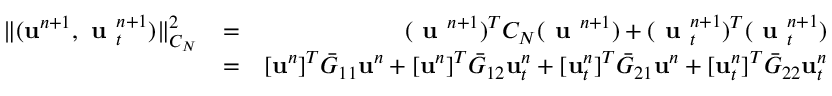
\begin{array} { r l r } { \Vert ( { \bf u } ^ { n + 1 } , \textbf { u } _ { t } ^ { n + 1 } ) \Vert _ { C _ { N } } ^ { 2 } } & { = } & { ( \textbf { u } ^ { n + 1 } ) ^ { T } C _ { N } ( \textbf { u } ^ { n + 1 } ) + ( \textbf { u } _ { t } ^ { n + 1 } ) ^ { T } ( \textbf { u } _ { t } ^ { n + 1 } ) } \\ & { = } & { [ { \bf u } ^ { n } ] ^ { T } \bar { G } _ { 1 1 } { \bf u } ^ { n } + [ { \bf u } ^ { n } ] ^ { T } \bar { G } _ { 1 2 } { \bf u } _ { t } ^ { n } + [ { \bf u } _ { t } ^ { n } ] ^ { T } \bar { G } _ { 2 1 } { \bf u } ^ { n } + [ { \bf u } _ { t } ^ { n } ] ^ { T } \bar { G } _ { 2 2 } { \bf u } _ { t } ^ { n } } \end{array}